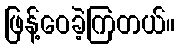
ဖြန့်ဝေခဲ့ကြတယ်။